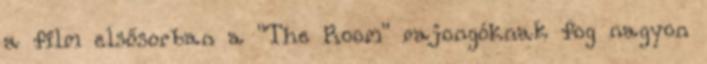
a film elsősorban a "The Room" rajongóknak fog nagyon